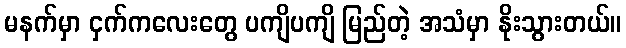
မနက်မှာ ငှက်ကလေးတွေ ပကျိပကျိ မြည်တဲ့ အသံမှာ နိုးသွားတယ်။